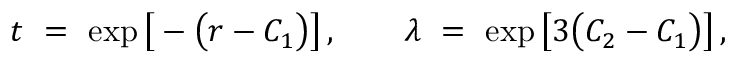
t ~ = ~ \exp \big [ - \big ( r - C _ { 1 } \big ) \big ] \, , \qquad \lambda ~ = ~ \exp \big [ 3 \big ( C _ { 2 } - C _ { 1 } \big ) \big ] \, ,